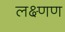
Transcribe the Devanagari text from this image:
लक्ष्णण